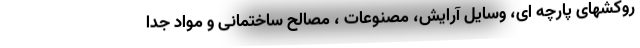
روکشهای پارچه ای، وسایل آرایش، مصنوعات ، مصالح ساختمانی و مواد جدا